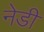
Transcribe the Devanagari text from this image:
नेडी